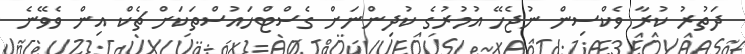
ދަތުރު ކުރާ ވެކްސިން ނުޖެހޭ އުމުރުގެ ކުދިންނަށް ގެސްޓްހައުސްތަކަށް ޗެކް އިން ވެވޭނެ